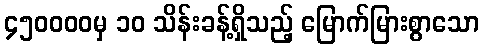
၄၅၀၀၀၀မှ ၁၀ သိန်းခန့်ရှိသည့် မြောက်မြားစွာသော